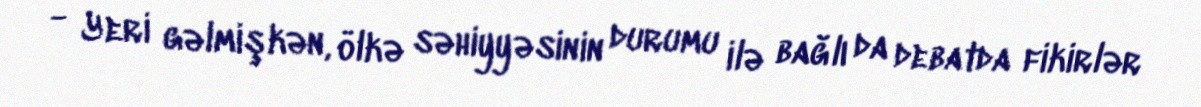
- Yeri gəlmişkən, ölkə səhiyyəsinin durumu ilə bağlı da debatda fikirlər